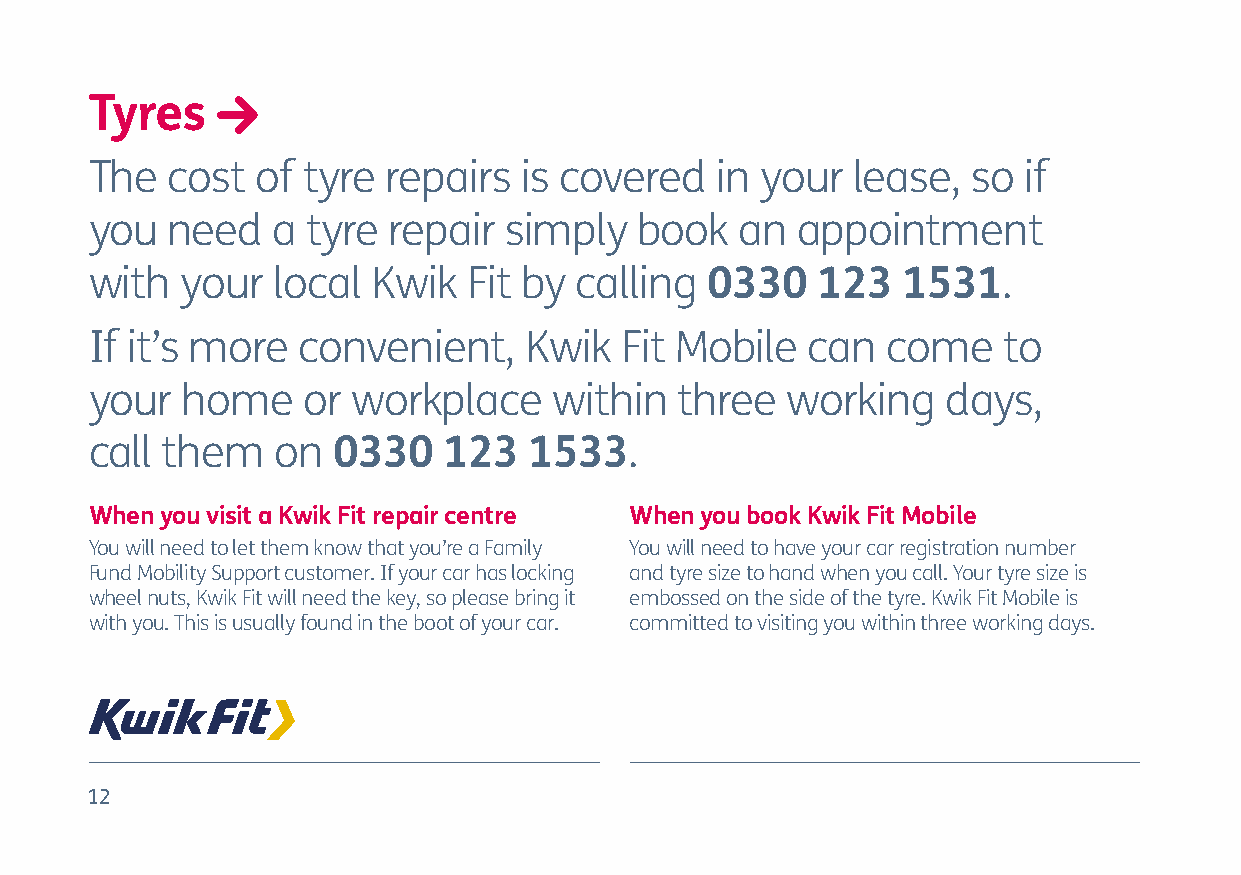
Tyres
 The  cost  of tyre  repairs  is covered  in your  lease,  so  if
 you  need   a tyre  repair simply   book   an  appointment
 with  your  local  Kwik  Fit by calling  0330   123   1531.
 If it’s more  convenient,    Kwik  Fit Mobile  can   come   to
 your  home    or workplace     within  three  working    days,
 call them   on  0330   123   1533.
 When you visit a Kwik Fit repair centre When you book Kwik Fit Mobile
 You will need to let them know that you’re a Family You will need to have your car registration number
 Fund Mobility Support customer. If your car has locking and tyre size to hand when you call. Your tyre size is
 wheel nuts, Kwik Fit will need the key, so please bring it embossed on the side of the tyre. Kwik Fit Mobile is
 with you. This is usually found in the boot of your car. committed to visiting you within three working days.
 12